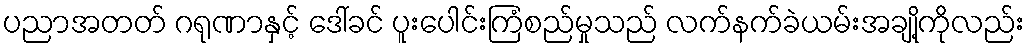
ပညာအတတ် ဂရုဏာနှင့် ဒေါ်ခင် ပူးပေါင်းကြံစည်မှုသည် လက်နက်ခဲယမ်းအချို့ကိုလည်း